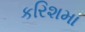
કરિશમા